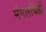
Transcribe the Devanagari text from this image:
मंगलचिह्नों